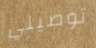
توصيلي